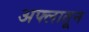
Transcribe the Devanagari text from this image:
अफ्लातून